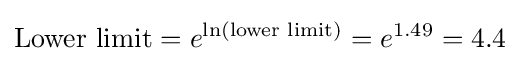
{\text{Lower limit}}=e^{\ln({\text{lower limit}})}=e^{1.49}=4.4